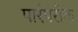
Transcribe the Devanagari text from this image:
पारंपरीक